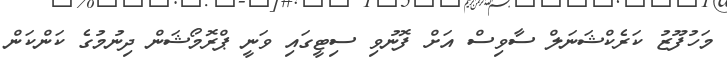
މަހުފޫޒު ކަރެކްޝަނަލް ސާވިސް އަށް ފޮނުވި ސިޓީގައި ވަނީ ޕްރޮމޯޝަން ދިނުމުގެ ކަންކަން